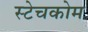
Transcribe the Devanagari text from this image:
स्टेचकोम